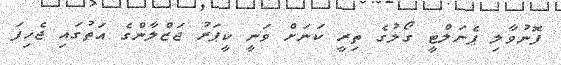
ފޮނުވާލި ޕެނަލްޓީ ގޯލުގެ ތިރީ ކަނަށް ވަނީ ކީޕަރު ޖަޒްލާންގެ އަތުގައި ޖެހިފަ